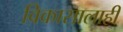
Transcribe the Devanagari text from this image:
विकासालाही